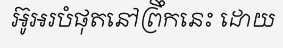
អ៊ូអរបំផុតនៅព្រឹកនេះ ដោយ